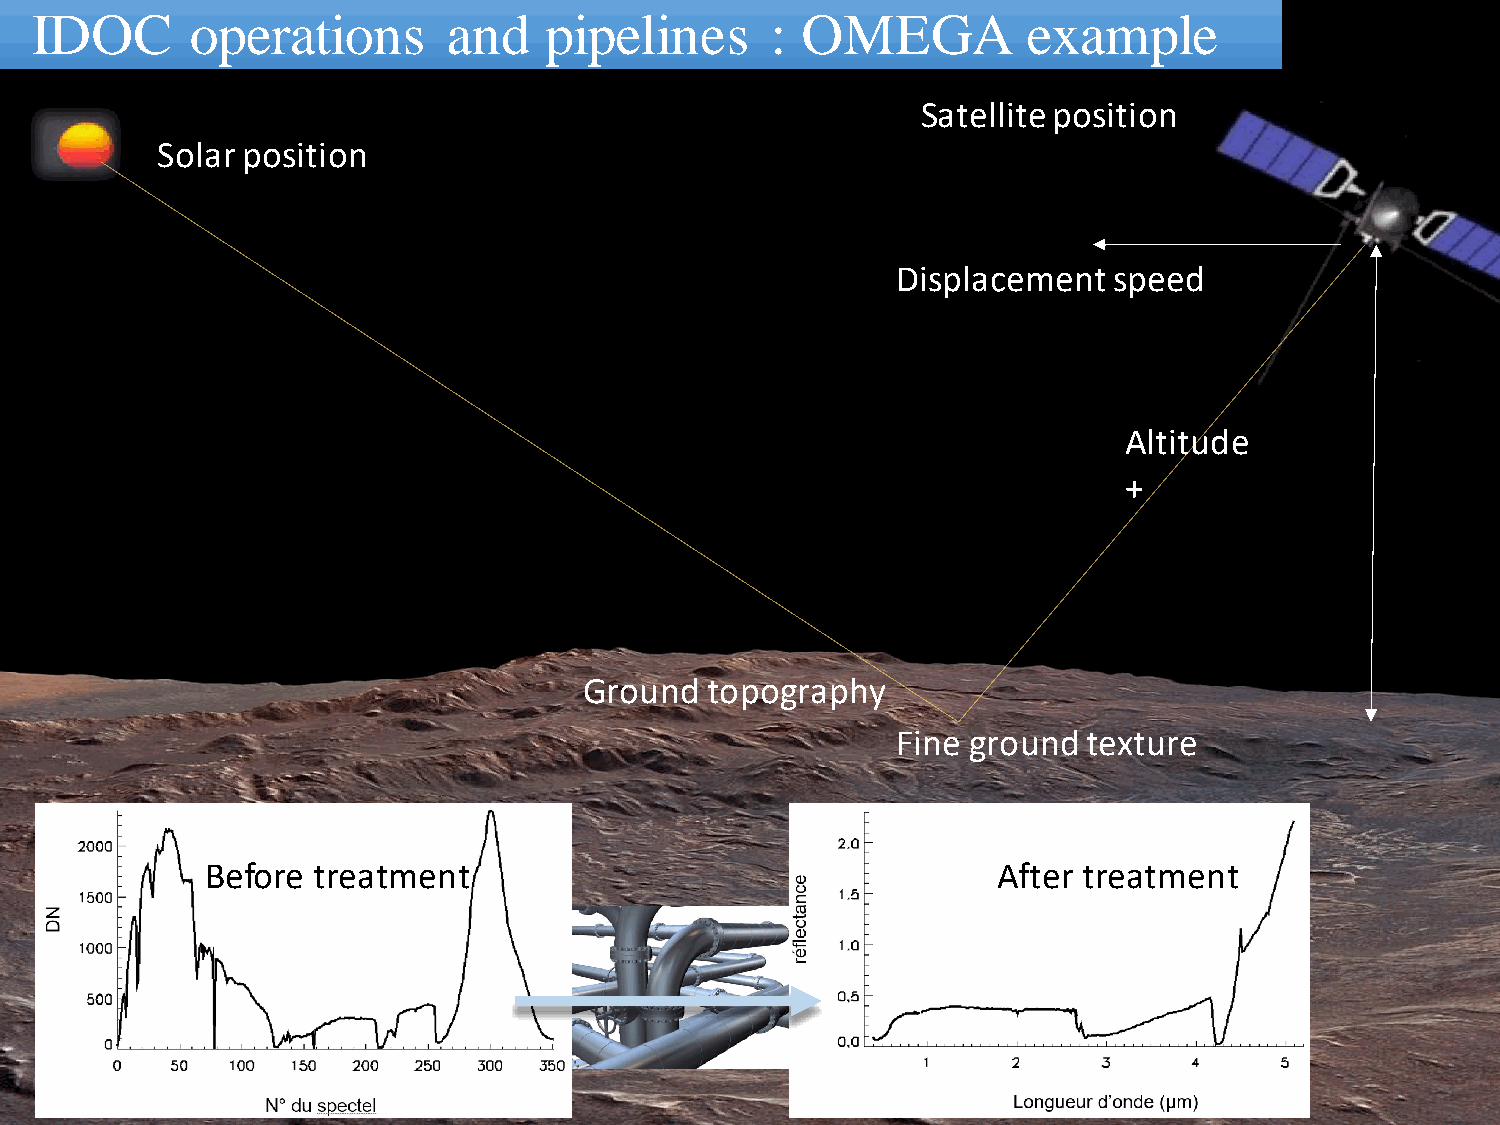
IDOC       operations       and   pipelines      : OMEGA          example
 Satellite position
 Solar position
 Displacement   speed
 Altitude
 +
 Atmosphere
 Ground  topography
 Fine ground  texture
 Before treatment                                    After treatment